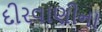
દીરવાણીના